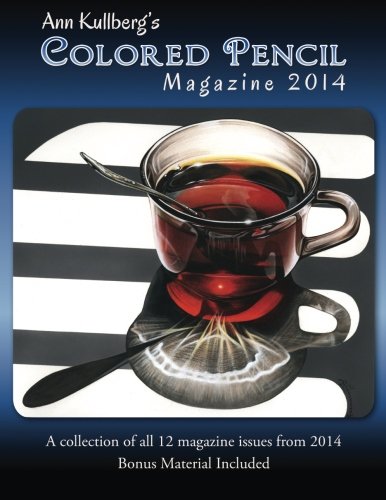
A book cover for Ann Kullberg's Colored Pencil Magazine: 2014: A collection of all 12 magazine issues from 2014 (Volume 1); Ann Kullberg; Arts & Photography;